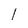
Character: l